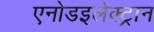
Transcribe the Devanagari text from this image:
एनोडइलेक्ट्रान